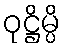
ဝုဋ္ဌိမ္ပိ